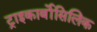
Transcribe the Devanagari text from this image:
ट्राइकार्बोसिलिक